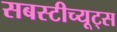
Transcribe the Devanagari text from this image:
सबस्टीच्यूट्स